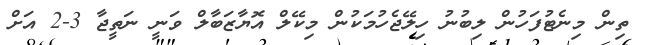
ތިން މިނެޓުފަހުން ލިބުނު ހިލޭޖެހުމަކުން މިކޭލް އޮޔާޒަބާލް ވަނީ ނަތީޖާ 3-2 އަށް